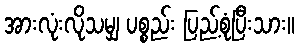
အားလုံးလိုသမျှ ပစ္စည်း ပြည့်စုံပြီးသား။